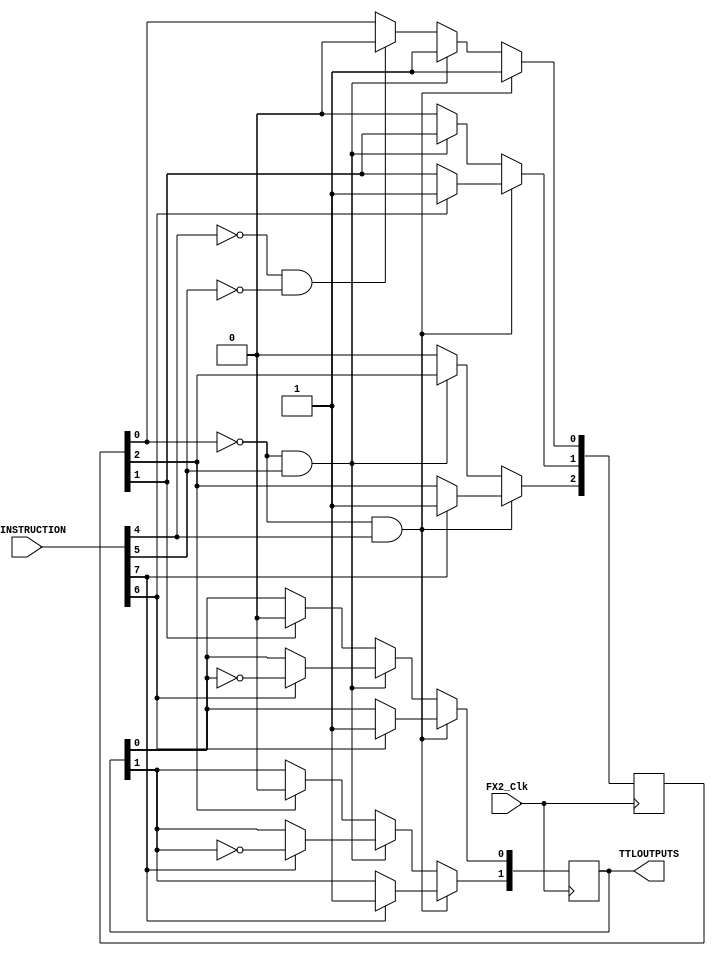
//TTL outputs
//(c) 2014 Joffrey Peters

module TTLOutputs(
 PCINSTRUCTION, TTLOUTPUTS, FX2_Clk
);
//
input [7:0] PCINSTRUCTION;
input FX2_Clk;
output [1:0] TTLOUTPUTS;

reg [1:0] TTLOUTPUTS;
reg [3:0] state;
reg [2:0] latch; //0 will be instruction latch, 1 will be pulse latch for ch. 0, 2 will be pulse latch for ch. 1.

always @(posedge FX2_Clk)

	begin
		if(~latch[0] & PCINSTRUCTION[4])
			begin
				latch[0] <= 1'b1; //instruction latch
				if(PCINSTRUCTION[6])
					begin
						TTLOUTPUTS[0] = 1'b1; //pulse TTL0
						latch[1] = 1'b1; //ch. 0 pulse latch
					end
				if(PCINSTRUCTION[7])
					begin
						TTLOUTPUTS[1] = 1; //pulse TTL1
						latch[2] = 1'b1; //ch. 1 pulse latch
					end
			end
		else if(~latch[0] & PCINSTRUCTION[5])
			begin
				latch[0] <=1'b1;
				if(PCINSTRUCTION[6])
					begin
						TTLOUTPUTS[0] <= ~TTLOUTPUTS[0]; //toggle TTL0
					end	
				if(PCINSTRUCTION[7])
					begin
						TTLOUTPUTS[1] <= ~TTLOUTPUTS[1]; //toggle TTL1
					end
			end
		else
			begin
				if(latch[1])
					begin
						TTLOUTPUTS[0] = 1'b0;
						latch[1] = 1'b0;
					end
				
				if(latch[2])
					begin
						TTLOUTPUTS[1] = 1'b0;
						latch[2] = 1'b0;
					end
				if(~PCINSTRUCTION[4] & ~PCINSTRUCTION[5]) latch[0] <= 1'b0; //instruction latch off
			end
	end
	
	

//this isn't right, because TTLOUTPUTS isn't a wire.
//assign TTLOUTPUTS[0] = (state==4'b0001 || state==4'b0100 && ~TTLOUTPUTS[0] || state==4'b0000 && TTLOUTPUTS[0])? 1: 0;  //set to 1 if pulsing, or toggling from zero, or leave high if toggled high and doing nothing
//assign TTLOUTPUTS[1] = (state==4'b0010 || state==4'b1000 && ~TTLOUTPUTS[1] || state==4'b0000 && TTLOUTPUTS[1])? 1: 0;

endmodule
//